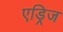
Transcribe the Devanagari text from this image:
एड्रिज